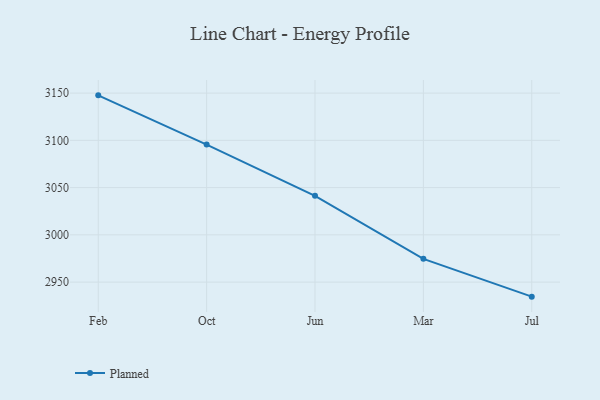
{"axis": {"x": "Month", "y": "Page Views"}, "legend": ["Planned"], "data": [{"x": "Feb", "y": 3147.6, "type": "Planned"}, {"x": "Oct", "y": 3095.5, "type": "Planned"}, {"x": "Jun", "y": 3041.3, "type": "Planned"}, {"x": "Mar", "y": 2974.6, "type": "Planned"}, {"x": "Jul", "y": 2934.6, "type": "Planned"}]}